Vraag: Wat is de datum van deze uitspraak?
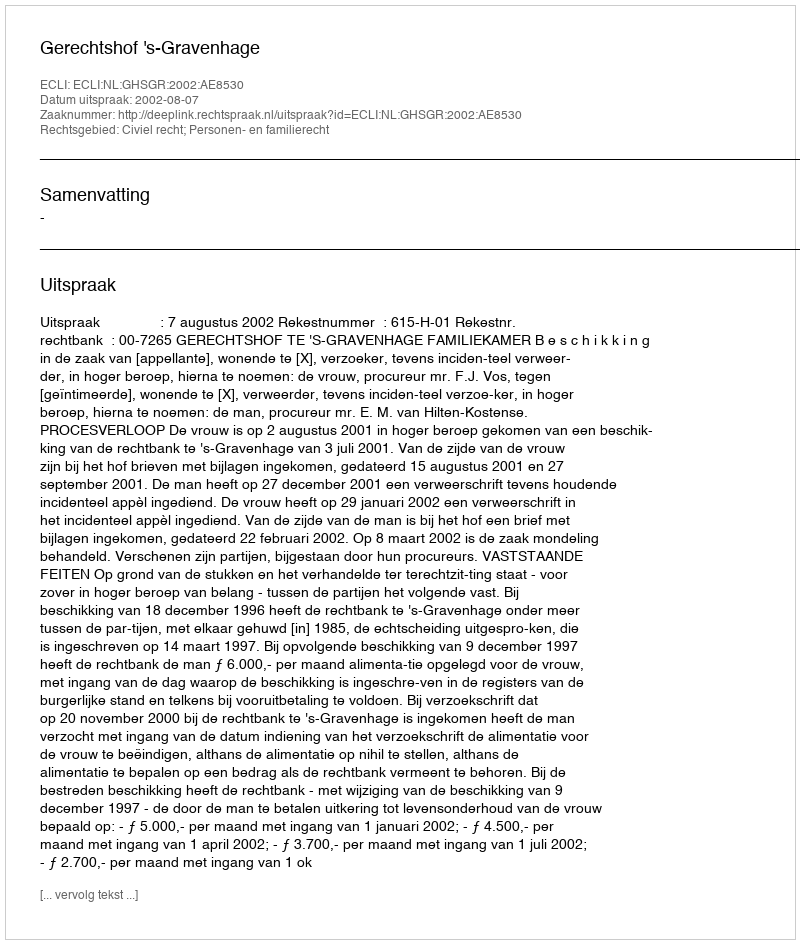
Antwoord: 2002-08-07